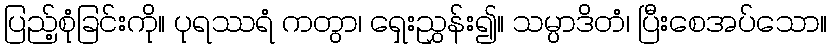
ပြည့်စုံခြင်းကို။ ပုရဿရံ ကတွာ၊ ရှေးညွှန်း၍။ သမ္ပာဒိတံ၊ ပြီးစေအပ်သော။